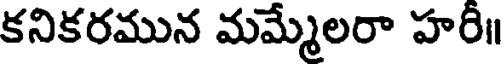
కనికరమున మమ్మేలరా హరి॥